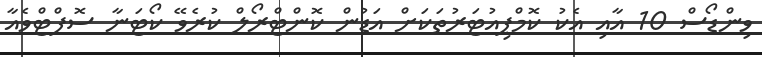
ވިންޑޯސް 10 އާއި އެކު ކޮމްޕިއުޓަރުތަކަށް އަޑުން ކޮންޓްރޯލް ކުރެވޭ ކޯޓަނާ ސޮފްޓްވެއާ